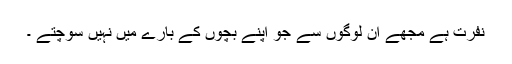
نفرت ہے مجھے ان لوگوں سے جو اپنے بچوں کے بارے میں نہیں سوچتے ۔